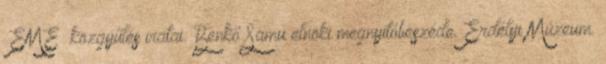
EME közgyűlés iratai: Benkő Samu elnöki megnyitóbeszéde. Erdélyi Múzeum.